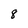
Character: 8